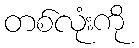
တစ်လုံးကို